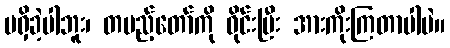
မရှိခဲ့ပါဘူး၊ တပည့်တော်ကို ဝိုင်းပြီး အားကိုးကြတာပါပဲ။